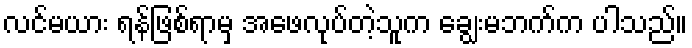
လင်မယား ရန်ဖြစ်ရာမှ အဖေလုပ်တဲ့သူက ချွေးမဘက်က ပါသည်။